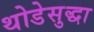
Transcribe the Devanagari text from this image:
थोडेसुद्धा